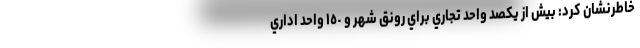
خاطرنشان كرد: بيش از يكصد واحد تجاري براي رونق شهر و ١٥٠ واحد اداري